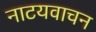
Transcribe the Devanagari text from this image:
नाटयवाचन